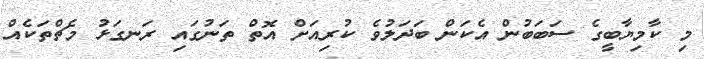
މި ކާމިޔާބީގެ ސަބަބުން އެކަން ބަދަލުވެ ކުރިއަށް އޮތް ތަނުގައި ރަނގަޅު މެޗްތަކެއް